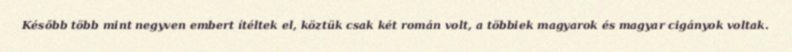
Később több mint negyven embert ítéltek el, köztük csak két román volt, a többiek magyarok és magyar cigányok voltak.